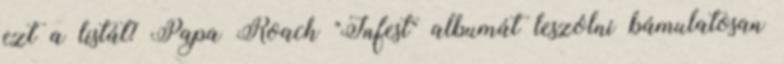
ezt a listát? Papa Roach "Infest" albumát leszólni bámulatosan